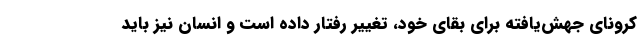
کرونای جهش‌یافته برای بقای خود، تغییر رفتار داده است و انسان نیز باید